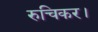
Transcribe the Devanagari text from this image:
रुचिकर।